Note on the mental hospitals in Burma - 1925-1940
Year: 1925
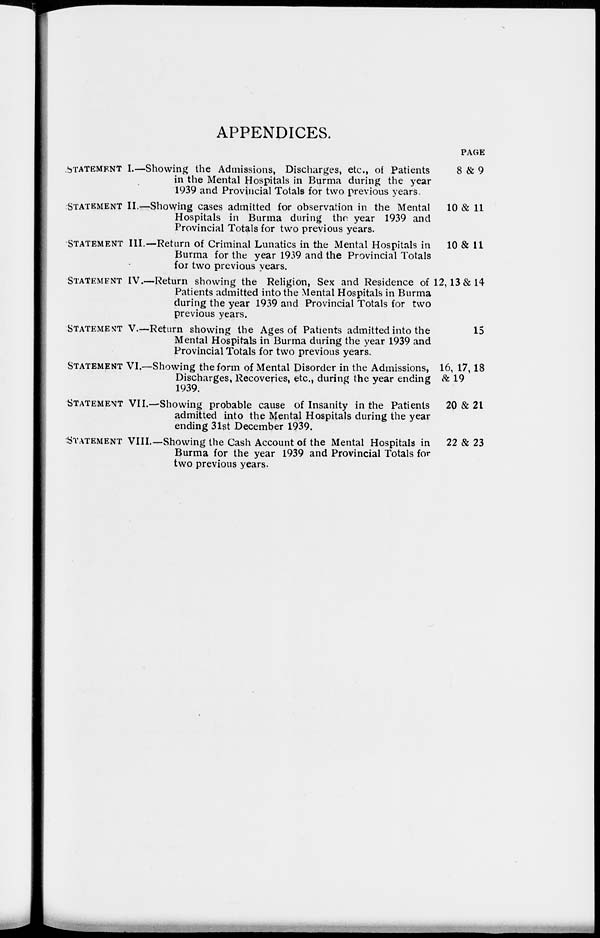
APPENDICES.
STATEMENT
STATEMENT
STATEMENT
STATEMENT
STATEMENT
STATEMENT
STATEMENT
STATEMENT
I.—Showing the Admissions, Discharges, etc., of Patients
in the Mental Hospitals in Burma during the year
1939 and Provincial Totals for two previous years.
II.—Showing cases admitted for observation in the Mental
Hospitals in Burma during the year 1939 and
Provincial Totals for two previous years.
III.—Return of Criminal Lunatics in the Mental Hospitals in
Burma for the year 1939 and the Provincial Totals
for two previous years.
IV.—Return showing the Religion, Sex and Residence of
Patients admitted into the Mental Hospitals in Burma
during the year 1939 and Provincial Totals for two
previous years.
V.—Return showing the Ages of Patients admitted into the
Mental Hospitals in Burma during the year 1939 and
Provincial Totals for two previous years.
VI.—Showing the form of Mental Disorder in the Admissions,
Discharges, Recoveries, etc., during the year ending
1939.
VII.—Showing probable cause of Insanity in the Patients
admitted into the Mental Hospitals during the year
ending 31st December 1939.
VIII.—Showing the Cash Account of the Mental Hospitals in
Burma for the year 1939 and Provincial Totals for
two previous years.
PAGE
8 &9
10 & 11
10 & 11
12, 13 & 14
15
16, 17,18
& 19
20 &21
22&23